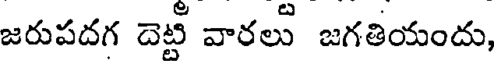
జరుపదగ దెట్టీ వారలు జగతియందు,